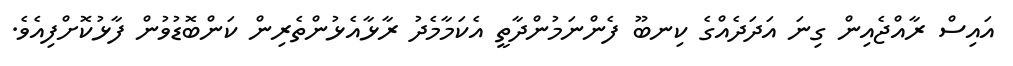
އައިސް ރާއްޖެއިން ގިނަ އަދަދެއްގެ ކިނބޫ ފެންނަމުންދާތީ އެކަމާމެދު ރާޅާއެޅުންތެރިން ކަންބޮޑުވުން ފާޅުކޮށްފިއެވެ.